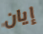
إيان